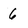
Character: 6